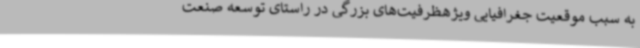
به سبب موقعیت جغرافیایی ویژهظرفیت‌های بزرگی در راستای توسعه صنعت